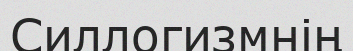
Силлогизмнің